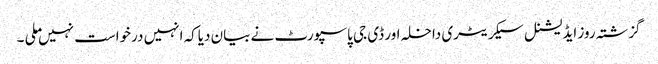
گزشتہ روز ایڈیشنل سیکریٹری داخلہ اور ڈی جی پاسپورٹ نے بیان دیاکہ انہیں درخواست نہیں ملی ۔